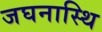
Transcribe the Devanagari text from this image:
जघनास्थि